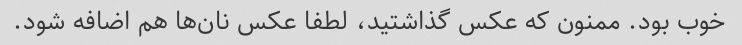
خوب بود. ممنون که عکس گذاشتید، لطفا عکس نان‌ها هم اضافه شود.